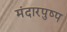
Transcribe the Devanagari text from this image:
मंदारपुष्प